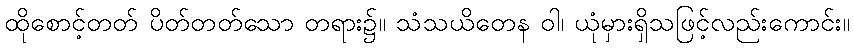
ထိုစောင့်တတ် ပိတ်တတ်သော တရား၌။ သံသယိတေန ဝါ၊ ယုံမှားရှိသဖြင့်လည်းကောင်း။